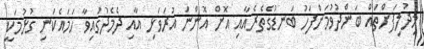
މިދުލިފަށްތައް ބަންދުވުމަށްފަހު ބަނޑުގެތެރެއާއި އޮށް އޮންނަ އުރަވަޅި އާއި ދެމެދުގައިވާ ހަމައެކަނި ގުޅުމަކީ